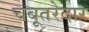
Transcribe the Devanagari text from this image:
चबूतरेदार